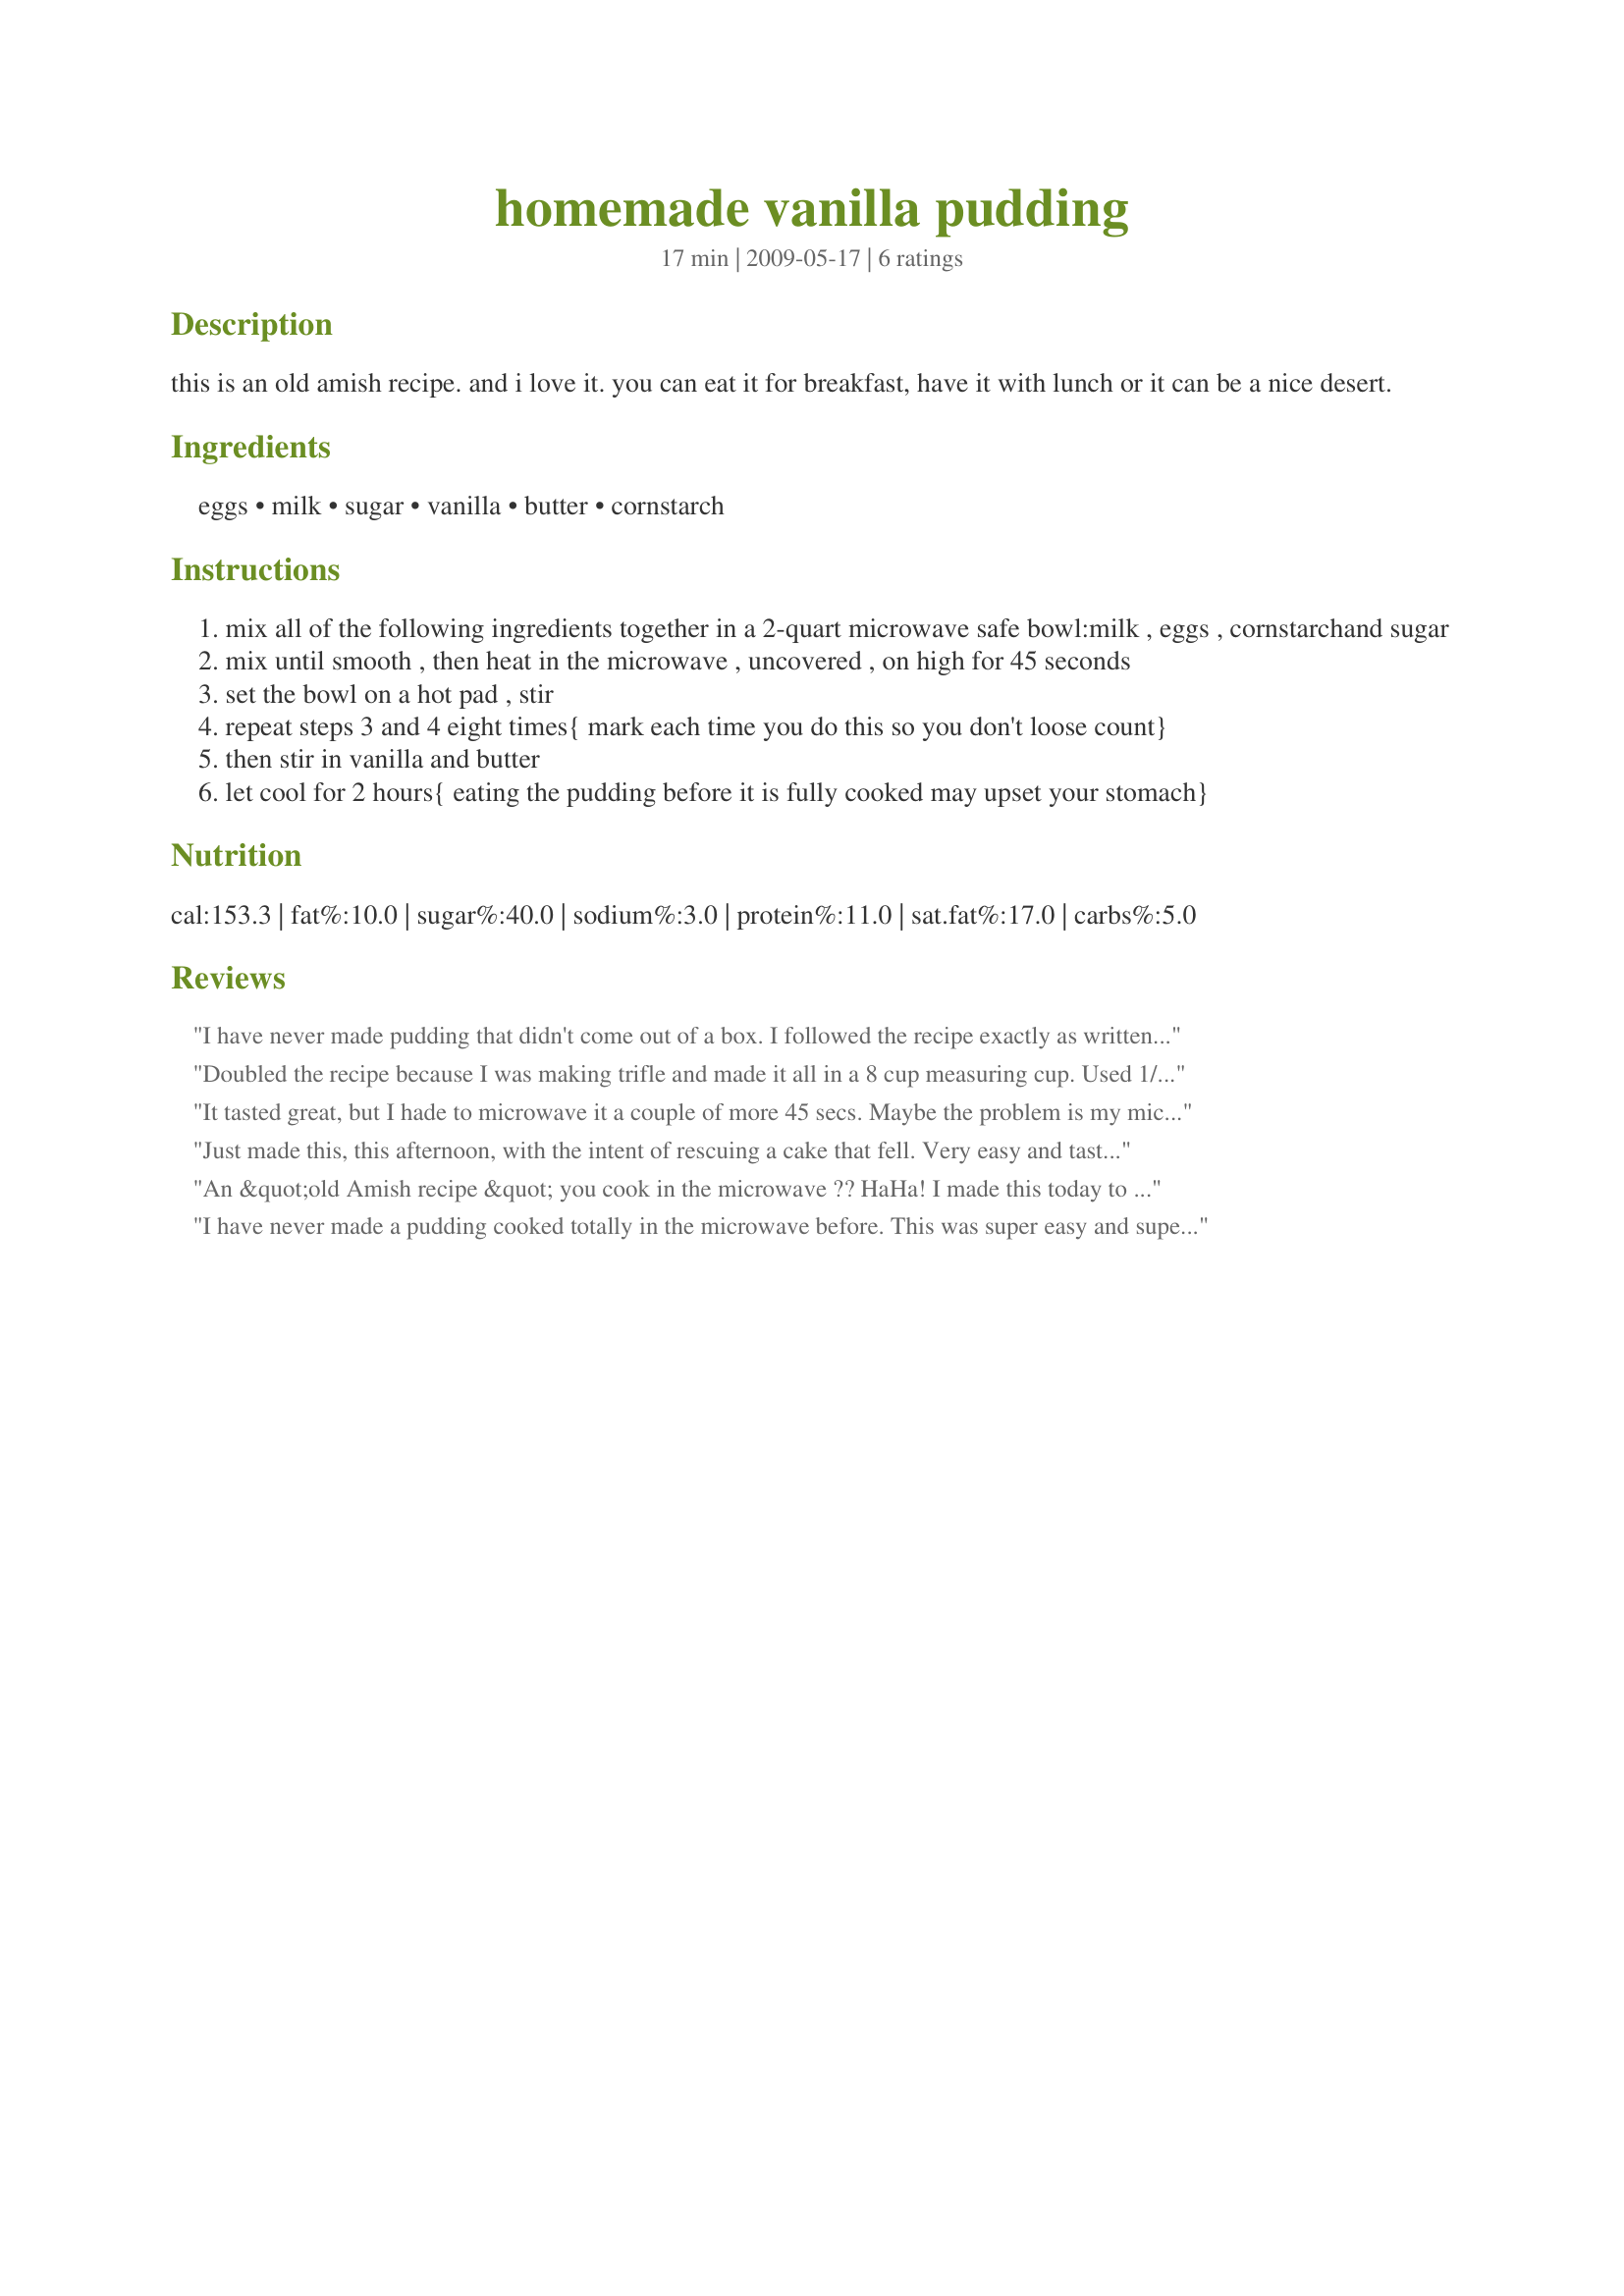
homemade vanilla pudding
Preparation time: 17 minutes

this is an old amish recipe. and i love it. you can eat it for breakfast, have it with lunch or it can be a nice desert.

Ingredients:
eggs, milk, sugar, vanilla, butter, cornstarch

Steps:
mix all of the following ingredients together in a 2-quart microwave safe bowl:milk , eggs , cornstarchand sugar
mix until smooth , then heat in the microwave , uncovered , on high for 45 seconds
set the bowl on a hot pad , stir
repeat steps 3 and 4 eight times{ mark each time you do this so you don't loose count}
then stir in vanilla and butter
let cool for 2 hours{ eating the pudding before it is fully cooked may upset your stomach}

Reviews:
I have never made pudding that didn't come out of a box. I followed the recipe exactly as written and this was very easy to make. We all enjoyed this. Made for Spring PAC 2010.
Doubled the recipe because I was making trifle and made it all in a 8 cup measuring cup. Used 1/2 skim and 1/2 1% milk because that's what I had. It's a cross between a custard and a pudding. Better, cheaper and almost faster than using a mix. Fantastic! Will make again.
It tasted great, but I hade to microwave it a couple of more 45 secs. Maybe the problem is my microwave.<br/>I used it for eclairs.<br/>Thanks for sharing.
Just made this, this afternoon, with the intent of rescuing a cake that fell. Very easy and tasty. Thanks for posting.
An &quot;old Amish recipe &quot; you cook in the microwave ?? HaHa! I made this today to use in a trifle. It was SO EASY and SO GOOD! Much easier than cooking on the stove, tempering the eggs, mixing it back in, boiling again, etc. etc. I used a whisk to mix it each time, and it came out smooth as silk. If you're obsessive, you could strain it, but it's not necessary. It is NOT thick enough for Boston cream pie, but just right for soft pudding in a cup or in a trifle. I did add a pinch of salt, and more vanilla than called for, as well as an additional TB of sugar. I liked using the whole eggs. The first 3 times, I cooked it for 1 minute, then once it got hot I did it for 45 seconds each time. I needed one extra shot, but I think my microwave is lower power because it's so small. Thank you, Chef, for this simple tasty recipe. I'm sure I'll use it often.
I have never made a pudding cooked totally in the microwave before. This was super easy and super tasty, I wouldn't change a thing. Thanks for sharing the recipe Ryley. Made for PAC Spring 2010.
